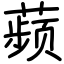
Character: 𬞟